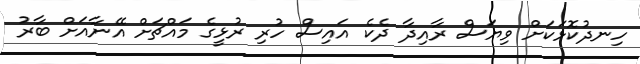
ހިނދުކޮޅަކަށް ވިޔަސް ރާއިދާ ދެކެ އައިސް ހުރި ރުޅީގެ މައްޗަށް އޭނާއަށް ބާރު